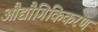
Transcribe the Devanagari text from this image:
औद्यौगिकिकरण